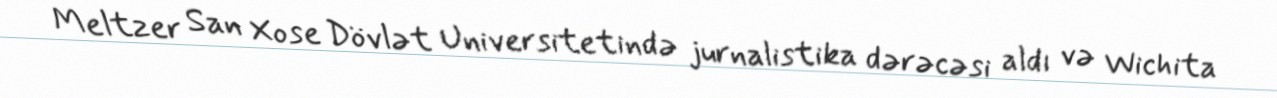
Meltzer San Xose Dövlət Universitetində jurnalistika dərəcəsi aldı və Wichita